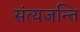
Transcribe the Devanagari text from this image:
संत्यजन्ति